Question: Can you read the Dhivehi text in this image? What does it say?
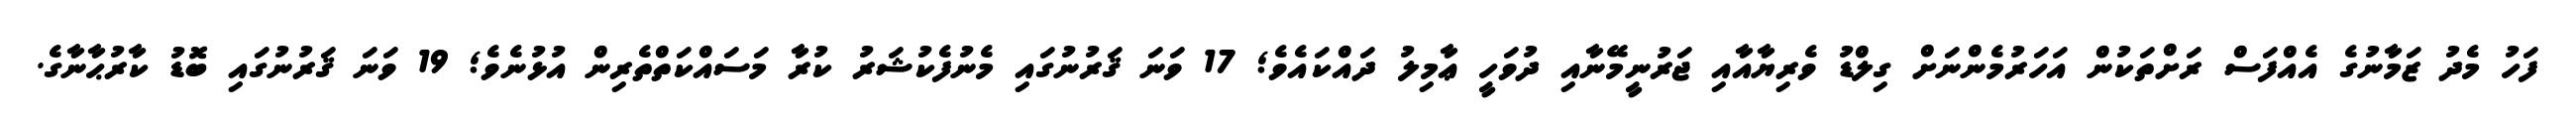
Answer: ފަހު މެދު ޒަމާނުގެ އެއްފަސް ރަށްތަކުން އަހަރުމެންނަށް ގިލްޑު ވެރިޔާއާއި ޖަރުނީމޭނާއި ދުވަހީ ޢާމިލު ދައްކައެވެ; 17 ވަނަ ޤަރުނުގައި މެނުފެކުޝަރު ކުރާ މަސައްކަތްތެރިން އުޅުނެވެ; 19 ވަނަ ޤަރުނުގައި ބޮޑު ކާރުޙާނާގެ.